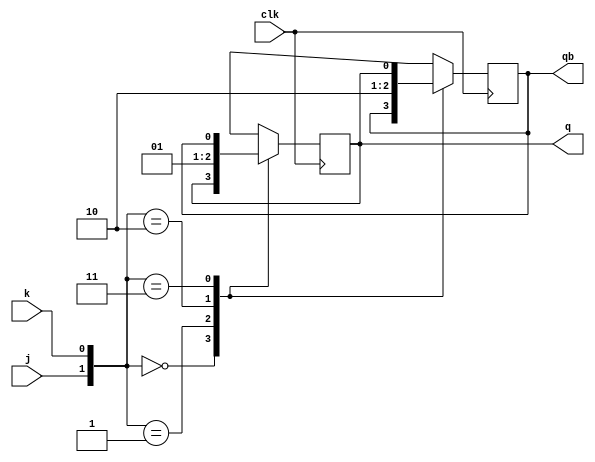
`timescale 1ns / 1ps
//////////////////////////////////////////////////////////////////////////////////
// Company: 
// Engineer: 
// 
// Design Name: 
// Module Name:    b_jk 
// Project Name: 
// Target Devices: 
// Tool versions: 
// Description: 
//
// Dependencies: 
//
// Revision: 
// Revision 0.01 - File Created
// Additional Comments: 
//
//////////////////////////////////////////////////////////////////////////////////
module b_jk(j,k,clk,q,qb);
    input j,k;
    input clk;
    output reg q,qb;
	 initial q=1'b0;
	 initial qb=1'b1;
	 always@(posedge clk)
	 begin
	 case({j,k})
	 2'b00:
	     begin
	      q<=q;
	      qb<=qb;
	     end
	 2'b01:
	     begin
	      q<=1'b0;
	      qb<=1'b1;
	     end
	 2'b10:
	     begin
	      q<=1'b1;
	      qb<=1'b0;
	     end
	 2'b11:
	     begin
	      q<=qb;
	      qb<=q;
	     end
	 endcase
	 end
endmodule